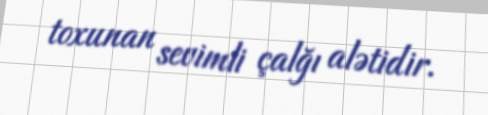
toxunan sevimli çalğı alətidir.